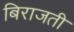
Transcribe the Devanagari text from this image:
बिराजती